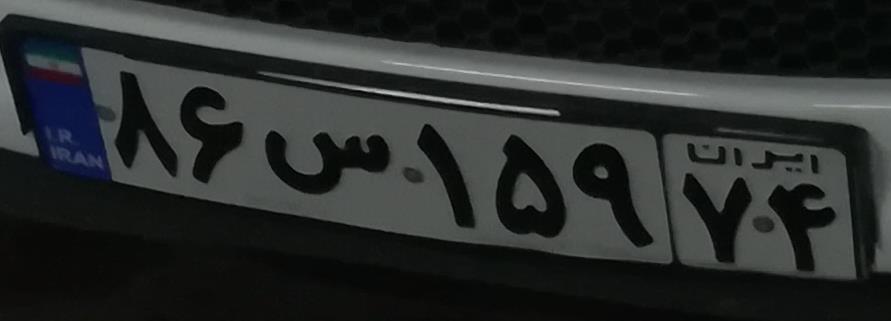
۸۶س۱۵۹۷۴